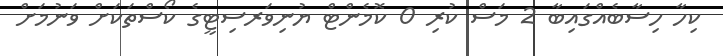
ކިހާ ހިސާބެއްގައިބާ 2 މަސް ކުރި 0 ކޮމެންޓް ޔުނިވަރސިޓީގެ ކޯސްތަކަށް ވަނުމަށް